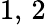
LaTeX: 1,\, 2